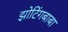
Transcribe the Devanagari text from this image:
झोटिंगबाबा